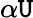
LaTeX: \alpha\mathtt{U}